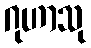
ဂုဟာသု